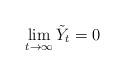
LaTeX: \begin{align*}\lim_{t\rightarrow \infty}\tilde Y_t=0\end{align*}